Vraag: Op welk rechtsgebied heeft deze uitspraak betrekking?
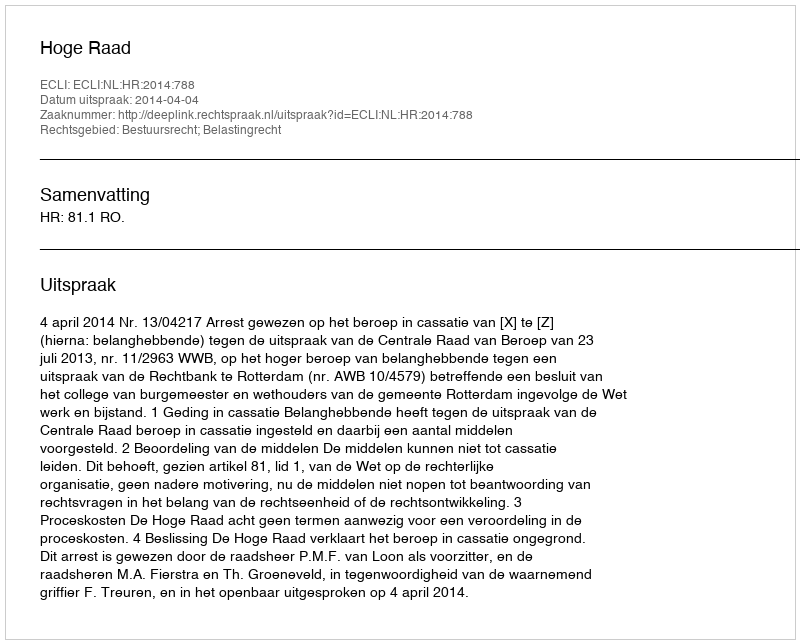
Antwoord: Bestuursrecht; Belastingrecht